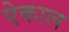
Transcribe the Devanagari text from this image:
ऐकाल